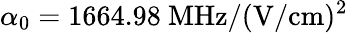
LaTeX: \alpha_{0}=1664.98~\mathrm{MHz/(V/cm)^{2}}